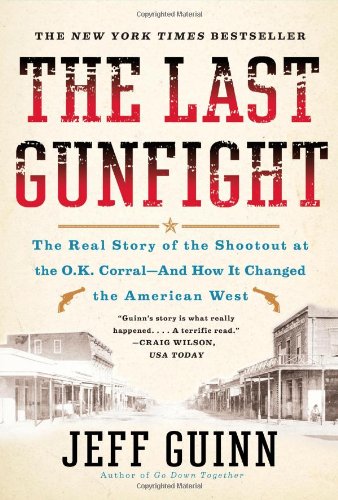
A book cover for The Last Gunfight: The Real Story of the Shootout at the O.K. Corral-And How It Changed the American West; Jeff Guinn; Biographies & Memoirs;